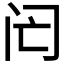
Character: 𨸁